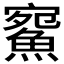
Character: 𩸪